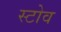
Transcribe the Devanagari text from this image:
स्‍टोव